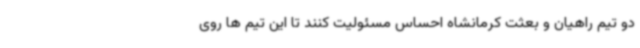
دو تیم راهیان و بعثت کرمانشاه احساس مسئولیت کنند تا این تیم ها روی